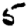
Digit: 5